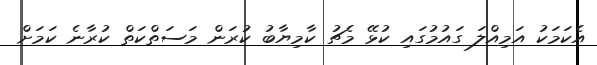
އެކަމަކު އަމިއްލަ ގައުމުގައި ކުޅޭ މެޗު ކާމިޔާބު ކުރަން މަސަތްކަތް ކުރާނެ ކަމަށް